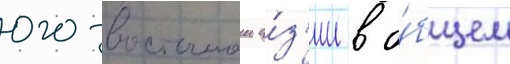
юго-восточнои а́з'ии в о́бщем